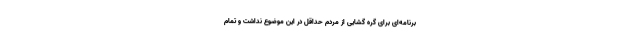
برنامه‌ای برای گره گشایی از مردم حداقل در این موضوع نداشت و تمام